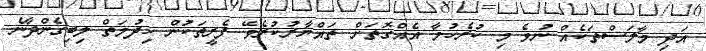
އަދި މާލަސްތަކެއް ނުވެ މި ކުރެހުމާ އެއްގޮތަށް ތައްޔާރުކުރެވޭ ފެރީތަކުން ހިދުމަތް ލިބިގެންދާނެ